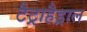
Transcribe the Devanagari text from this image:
टैट्राहैड्राल